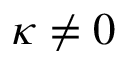
\kappa \neq 0